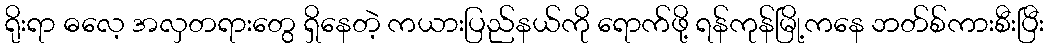
ရိုးရာ ဓလေ့ အလှတရားတွေ ရှိနေတဲ့ ကယားပြည်နယ်ကို ရောက်ဖို့ ရန်ကုန်မြို့ကနေ ဘတ်စ်ကားစီးပြီး